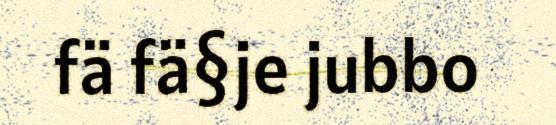
fä fä§je jubbo